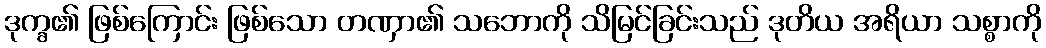
ဒုက္ခ၏ ဖြစ်ကြောင်း ဖြစ်သော တဏှာ၏ သဘောကို သိမြင်ခြင်းသည် ဒုတိယ အရိယာ သစ္စာကို